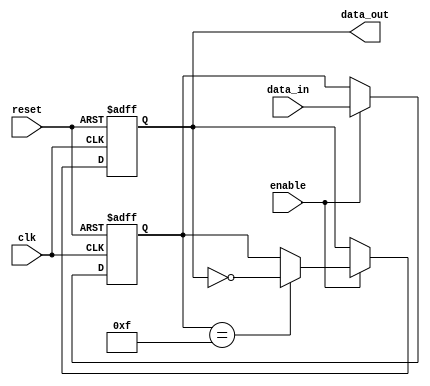
module falling_edge_trigger (
    input wire clk,         // Clock signal
    input wire reset,       // Asynchronous reset signal
    input wire enable,      // Enable signal for operations
    input wire [3:0] data_in, // Input data
    output reg [3:0] data_out // Output data
);

    // Internal state variable
    reg [3:0] state;

    // Always block triggered on the falling edge of clk
    always @(negedge clk or posedge reset) begin
        if (reset) begin
            // Asynchronous reset
            state <= 4'b0000;
            data_out <= 4'b0000;
        end else if (enable) begin
            // Update state and output on falling edge of clk
            state <= data_in; // Update state with input data
            // Additional logic can be added here
            // For example, toggle the output if state is a specific value
            if (state == 4'b1111) begin
                data_out <= ~data_out; // Toggle output
            end else begin
                data_out <= state; // Assign state to output
            end
        end
    end

endmodule